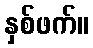
နှစ်ဖက်။